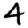
Digit: 4